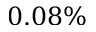
0 . 0 8 \%